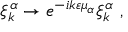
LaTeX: \xi _ { k } ^ { \alpha } \to e ^ { - i k \varepsilon \mu _ { \alpha } } \xi _ { k } ^ { \alpha } \ ,